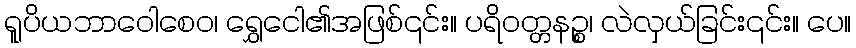
ရူပိယဘာဝေါစေဝ၊ ရွှေငေါ၏အဖြစ်၎င်း။ ပရိဝတ္တနဉ္စ၊ လဲလှယ်ခြင်း၎င်း။ ပေ။